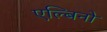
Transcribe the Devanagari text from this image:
एल्बिनो